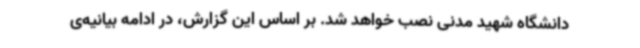
دانشگاه شهید مدنی نصب خواهد شد. بر اساس این گزارش، در ادامه‌ بیانیه‌ی